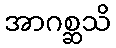
အာဂစ္ဆသိ